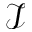
\mathcal { I }